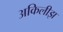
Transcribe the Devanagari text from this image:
अकिलीझ